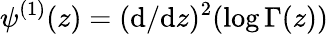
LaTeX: \psi^{(1)}(z)=(\mathrm{d}/\mathrm{d}z)^{2}(\log\Gamma(z))